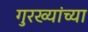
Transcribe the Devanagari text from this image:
गुरख्यांच्या